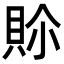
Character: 𮙾